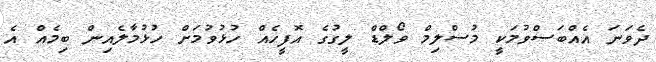
ދެވަނަ އެއްބަސްވުމަކީ މުސްލިމް ވޯލްޑް ލީގުގެ އޮފީހެއް ހުޅުވުމަށް ހުޅުމާލެއިން ބިމެއް އެ